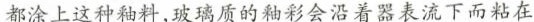
都涂上这种釉料,玻璃质的釉彩会沿着器表流下而粘在